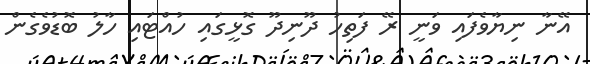
އޭނާ ނިޔާވެފައި ވަނީ ރޭ ފަތިހު ދޫނިދޫ ގޮޅީގައި ހުއްޓައި ހާލު ބޮޑުވެގެން